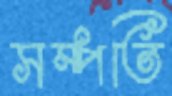
সম্পতি